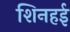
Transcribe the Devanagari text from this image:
शिनहई